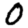
Digit: 0